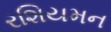
રશિયમન